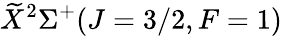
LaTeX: \widetilde{X}^{2}\Sigma^{+}(J=3/2,F=1)